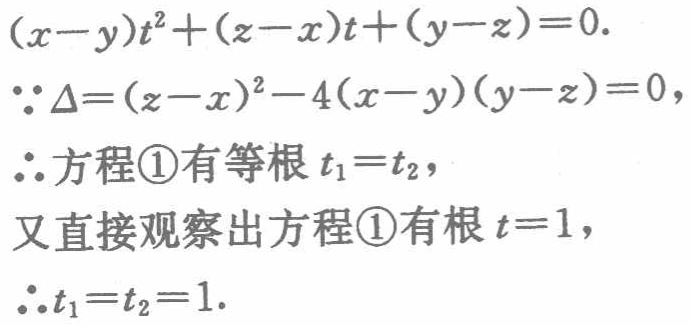
\((x - y)t^{2}+(z - x)t+(y - z)=0.\)

\(\because\Delta=(z - x)^{2}-4(x - y)(y - z)=0,\)

\(\therefore\)方程\textcircled{1}有等根\(t_{1}=t_{2},\)

又直接观察出方程\textcircled{1}有根\(t = 1,\)

\(\therefore t_{1}=t_{2}=1.\)